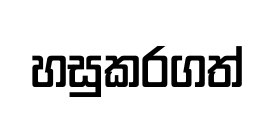
හසුකරගත්